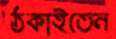
ঠকাইতেন